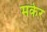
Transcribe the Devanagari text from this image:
मकेर